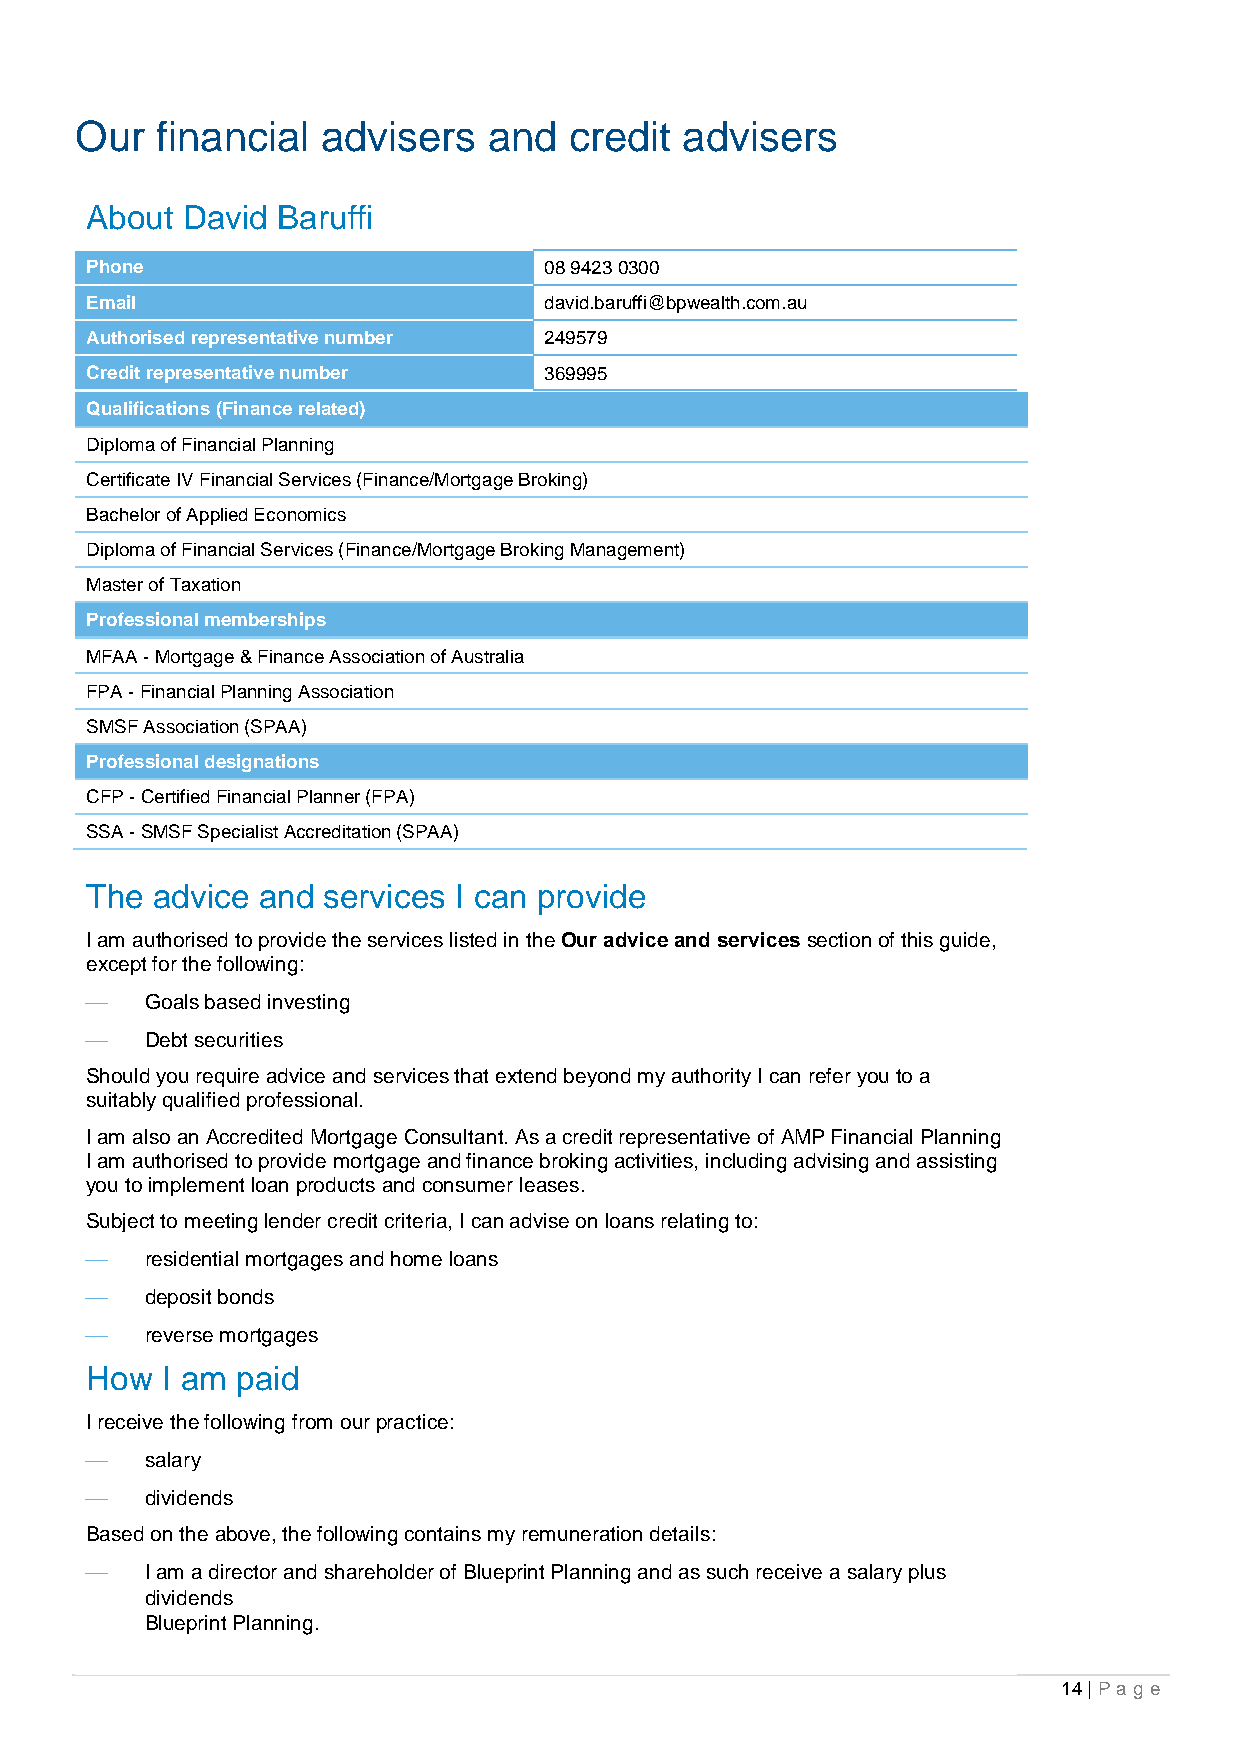
Our  financial  advisers   and   credit advisers
 About David Baruffi
 Phone                         08 9423 0300
 Email                         david.baruffi@bpwealth.com.au
 Authorised representative number 249579
 Credit representative number  369995
 Qualifications (Finance related)
 Diploma of Financial Planning
 Certificate IV Financial Services (Finance/Mortgage Broking)
 Bachelor of Applied Economics
 Diploma of Financial Services (Finance/Mortgage Broking Management)
 Master of Taxation
 Professional memberships
 MFAA - Mortgage & Finance Association of Australia
 FPA - Financial Planning Association
 SMSF Association (SPAA)
 Professional designations
 CFP - Certified Financial Planner (FPA)
 SSA - SMSF Specialist Accreditation (SPAA)
 The advice and services I can provide
 I am authorised to provide the services listed in the Our advice and services section of this guide,
 except for the following:
    Goals based investing
    Debt securities
 Should you require advice and services that extend beyond my authority I can refer you to a
 suitably qualified professional.
 I am also an Accredited Mortgage Consultant. As a credit representative of AMP Financial Planning
 I am authorised to provide mortgage and finance broking activities, including advising and assisting
 you to implement loan products and consumer leases.
 Subject to meeting lender credit criteria, I can advise on loans relating to:
    residential mortgages and home loans
    deposit bonds
    reverse mortgages
 How  I am paid
 I receive the following from our practice:
    salary
    dividends
 Based on the above, the following contains my remuneration details:
    I am a director and shareholder of Blueprint Planning and as such receive a salary plus
 dividends
 Blueprint Planning.
 14 | Pa g e